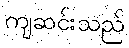
ကျဆင်းသည်